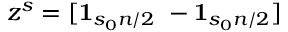
z ^ { s } = [ \mathbf { 1 } _ { s _ { 0 } n / 2 } ~ - \mathbf { 1 } _ { s _ { 0 } n / 2 } ]